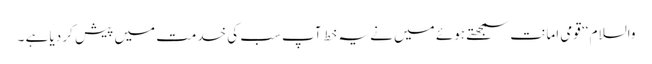
والسلام ‘‘ قومی امانت سمجھتے ہوئے میں نے یہ خط آپ سب کی خدمت میں پیش کر دیا ہے ۔